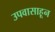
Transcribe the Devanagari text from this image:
उपवासाहून